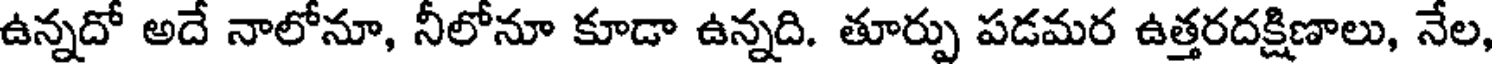
ఉన్నదో అదే నాలోనూ, నీలోనూ కూడా ఉన్నది. తూర్పు పడమర ఉత్తరదక్షిణాలు, నేల,